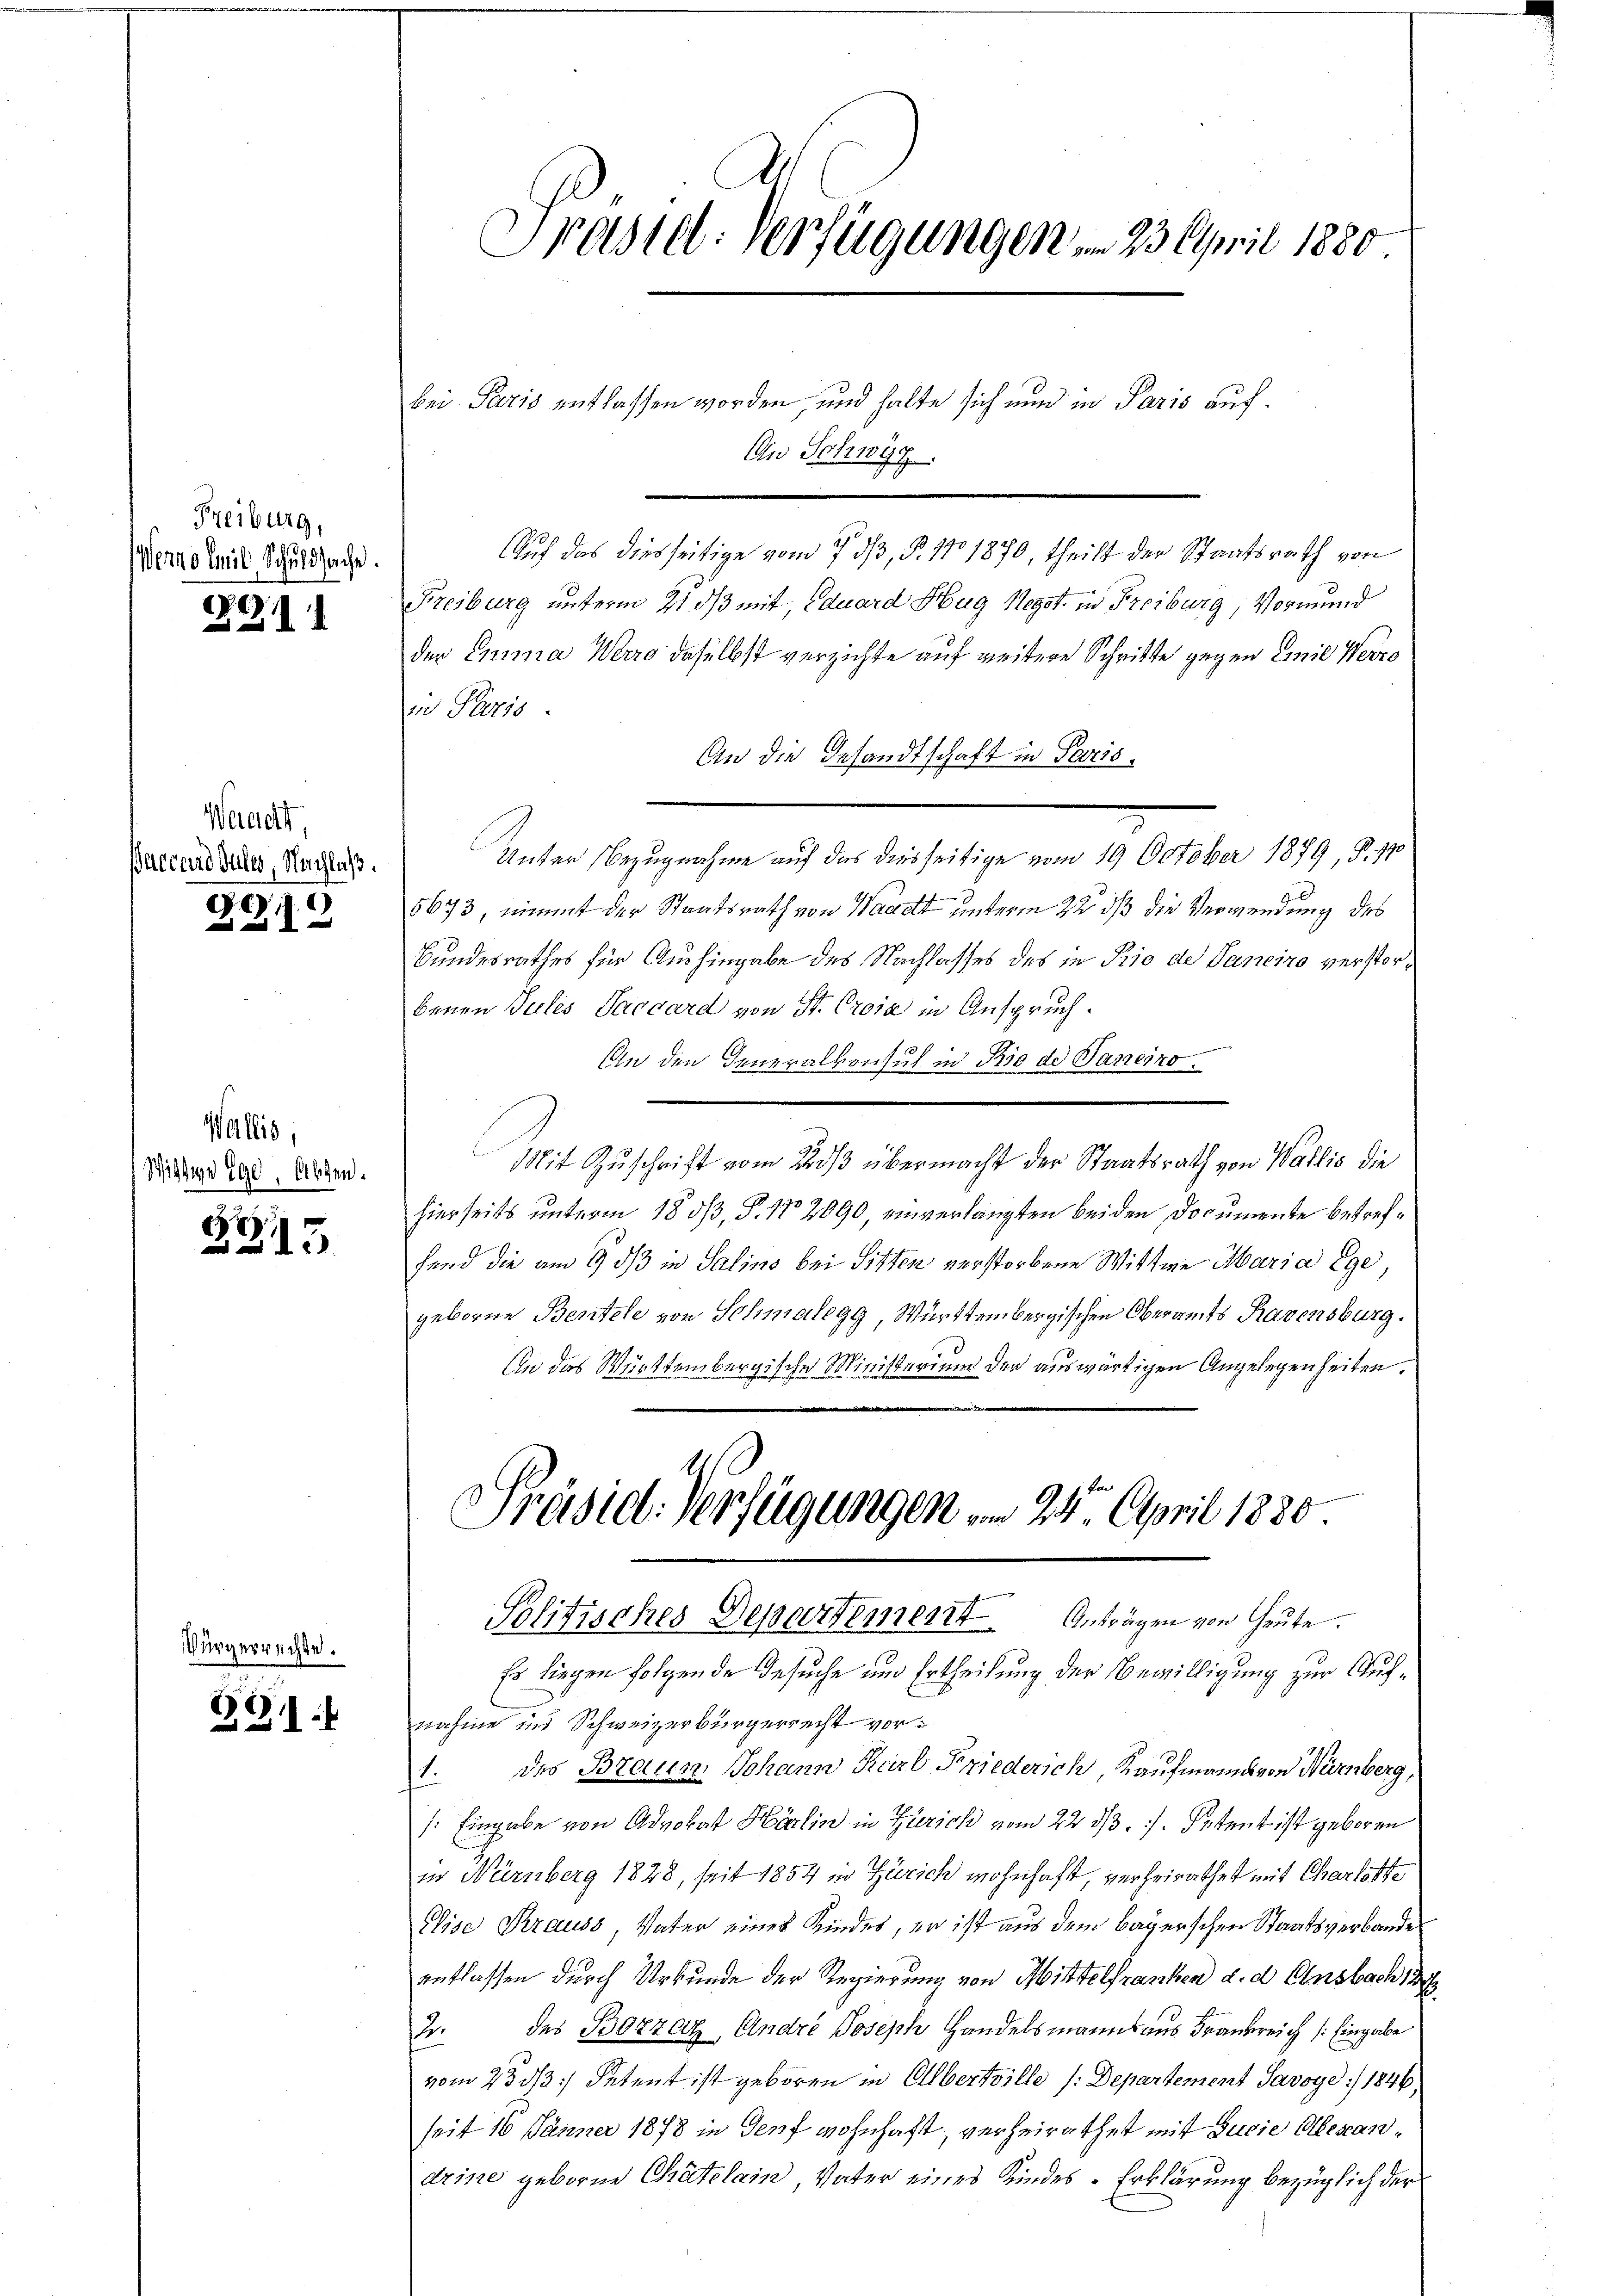
Freiburg,
Werne Emil Schuldsache.

211

Waadt
Baccard Sules, Nachlaß.

)
x

Wallis,
Wittwe Ege. Absen.

2315

ürgerrechte.

BG

Präsid. Verfügungen . 23. April 1880

bei Paris entlassen worden und halte sich nun in Paris auf
An Schwyz.
Auf das diesseitige vom 7. dβ, P. Nro 1870, theilt der Staatsrath von
Freiburg unterm 21 ds mit, Eduard Hug Negot in Freiburg, Vormund
den Emma Werro daselbst verzichte auf weitere Schritte gegen Emil Werro
wo Paris.
An die Gesandtschaft in Paris¬
Unter Bezugnahme auf das diesseitige vom 19. October 1879, S. 170
5673, nimmt der Staatsrath von Waadt unterm 22 dß die Verwendung des
Bundesrathes für Aushingabe des Nachlasses des in Prio de Janeiro verstorbenen Gutes Saccard von St. Croia in Anspruch.
An den Generalkonsul in Rio de Janeiro
Mit Zuschrift vom 22 ß übermacht der Staatsrath von Wallis die
hierseits unterm 18 dß, P. Nr. 2090, einverlangten beiden Documente betreffend die am 9. dß in Salins bei Sitten verstorbene Wittwe Maria Ege
geborene Bentele von Schmalegg, Württembergischen Oberamts Ravensburg.
An das Württembergische Ministerium der auswärtigen Angelegenheiten.
Präsid. Verfügungen am 24. April 1880.
Politisches Departement Anträgen von Heute.
Er liegen folgende Gesuche und Ertheilung der Bewilligung zur Aufnahme in Schweizerbürgerrecht vor¬
1. des Braun, Johann Karl Friederich, Kaufmanns von Nürnberg,
: Eingabe von Advokat Härlin in Zürich vom 22 1/3. /. Petent ist geboren
in Nürnberg 1828, seit 1854 in Zürich wohnhaft, verheirathet mit Charlotte
Elise Krauss Vater eines Kindes, er ist aus dem Bayerschen Staatsverbande
entlassen durch Urkunde der Regierung von Mittelfraschen d. d. Ansbach 189
2. des Bozzaz, Andre Joseph Handelsmanns aus Frankreich Eingabe
vom 23. dβ.) Petent ist geboren in Olbertrille (: Departement Savoye 1846
seit 16 Jänner 1878 in Genf wohnhaft, verheirathet mit Judie Alexandrine geborene Chatelain Vater eines Kindes-Erklärung bezüglich der